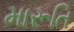
મારૂતિ